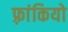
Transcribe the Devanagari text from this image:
फ़्रांकियो